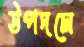
উপদলে